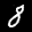
Label: 8